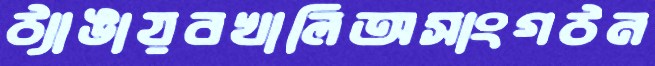
ঠ্যাঙায়বখালিঅসাংগঠন